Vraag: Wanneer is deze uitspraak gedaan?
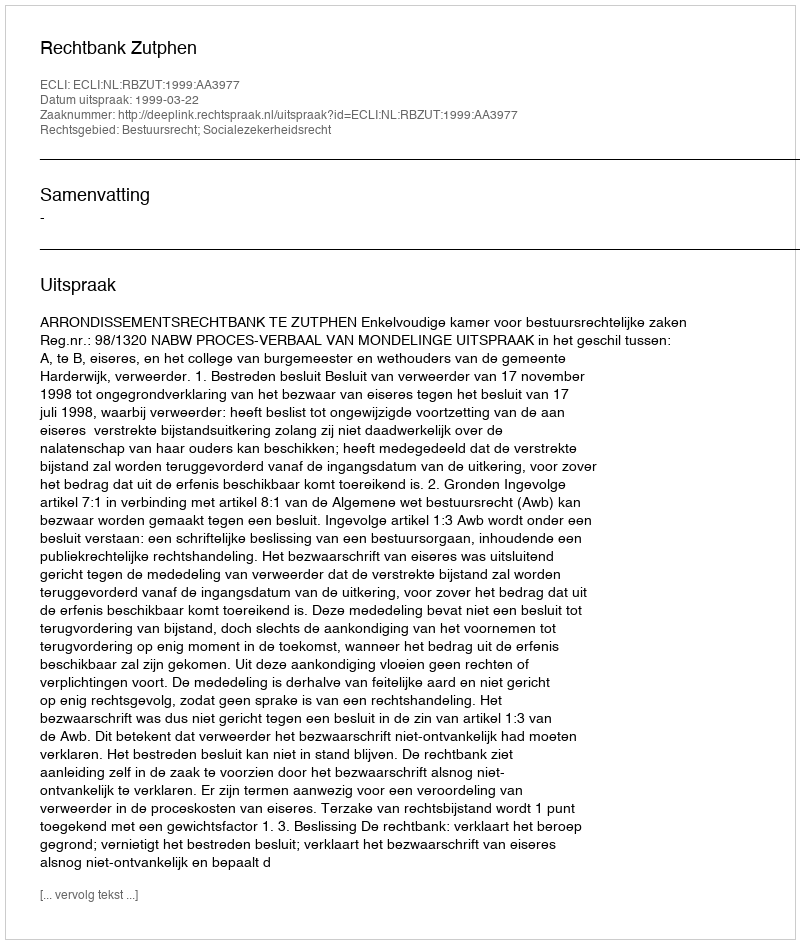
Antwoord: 1999-03-22